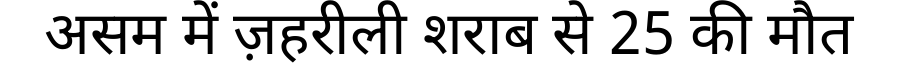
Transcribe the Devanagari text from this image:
असम में ज़हरीली शराब से 25 की मौत